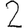
Digit: 2